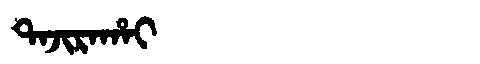
Manchu: ᡨᠠᠵᡳᡵᠠᡥᠠᡳ
Romanization: TAJIRAHAI